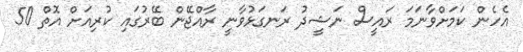
އެހެން ކަމަށްވާނަމަ ރައީސް ނަޝީދު ރަނގަޅުވާނީ ރާއްޖޭން ބޭރުގައި ކުރިއަށް އޮތް 50